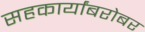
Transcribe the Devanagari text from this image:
सहकार्यांबरोबर